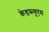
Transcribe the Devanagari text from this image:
केडब्ल्यूएम